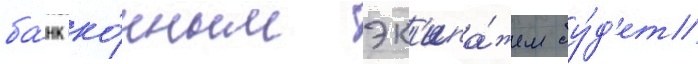
ба́нк ко́нным эк'ипа́жем бу́д'ет